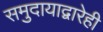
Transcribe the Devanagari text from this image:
समुदायाद्वारेही